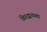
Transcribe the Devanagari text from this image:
विरुद्धावस्था